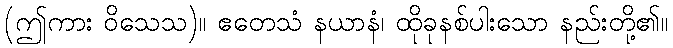
(ဤကား ဝိသေသ)။ ဧတေသံ နယာနံ၊ ထိုခုနစ်ပါးသော နည်းတို့၏။